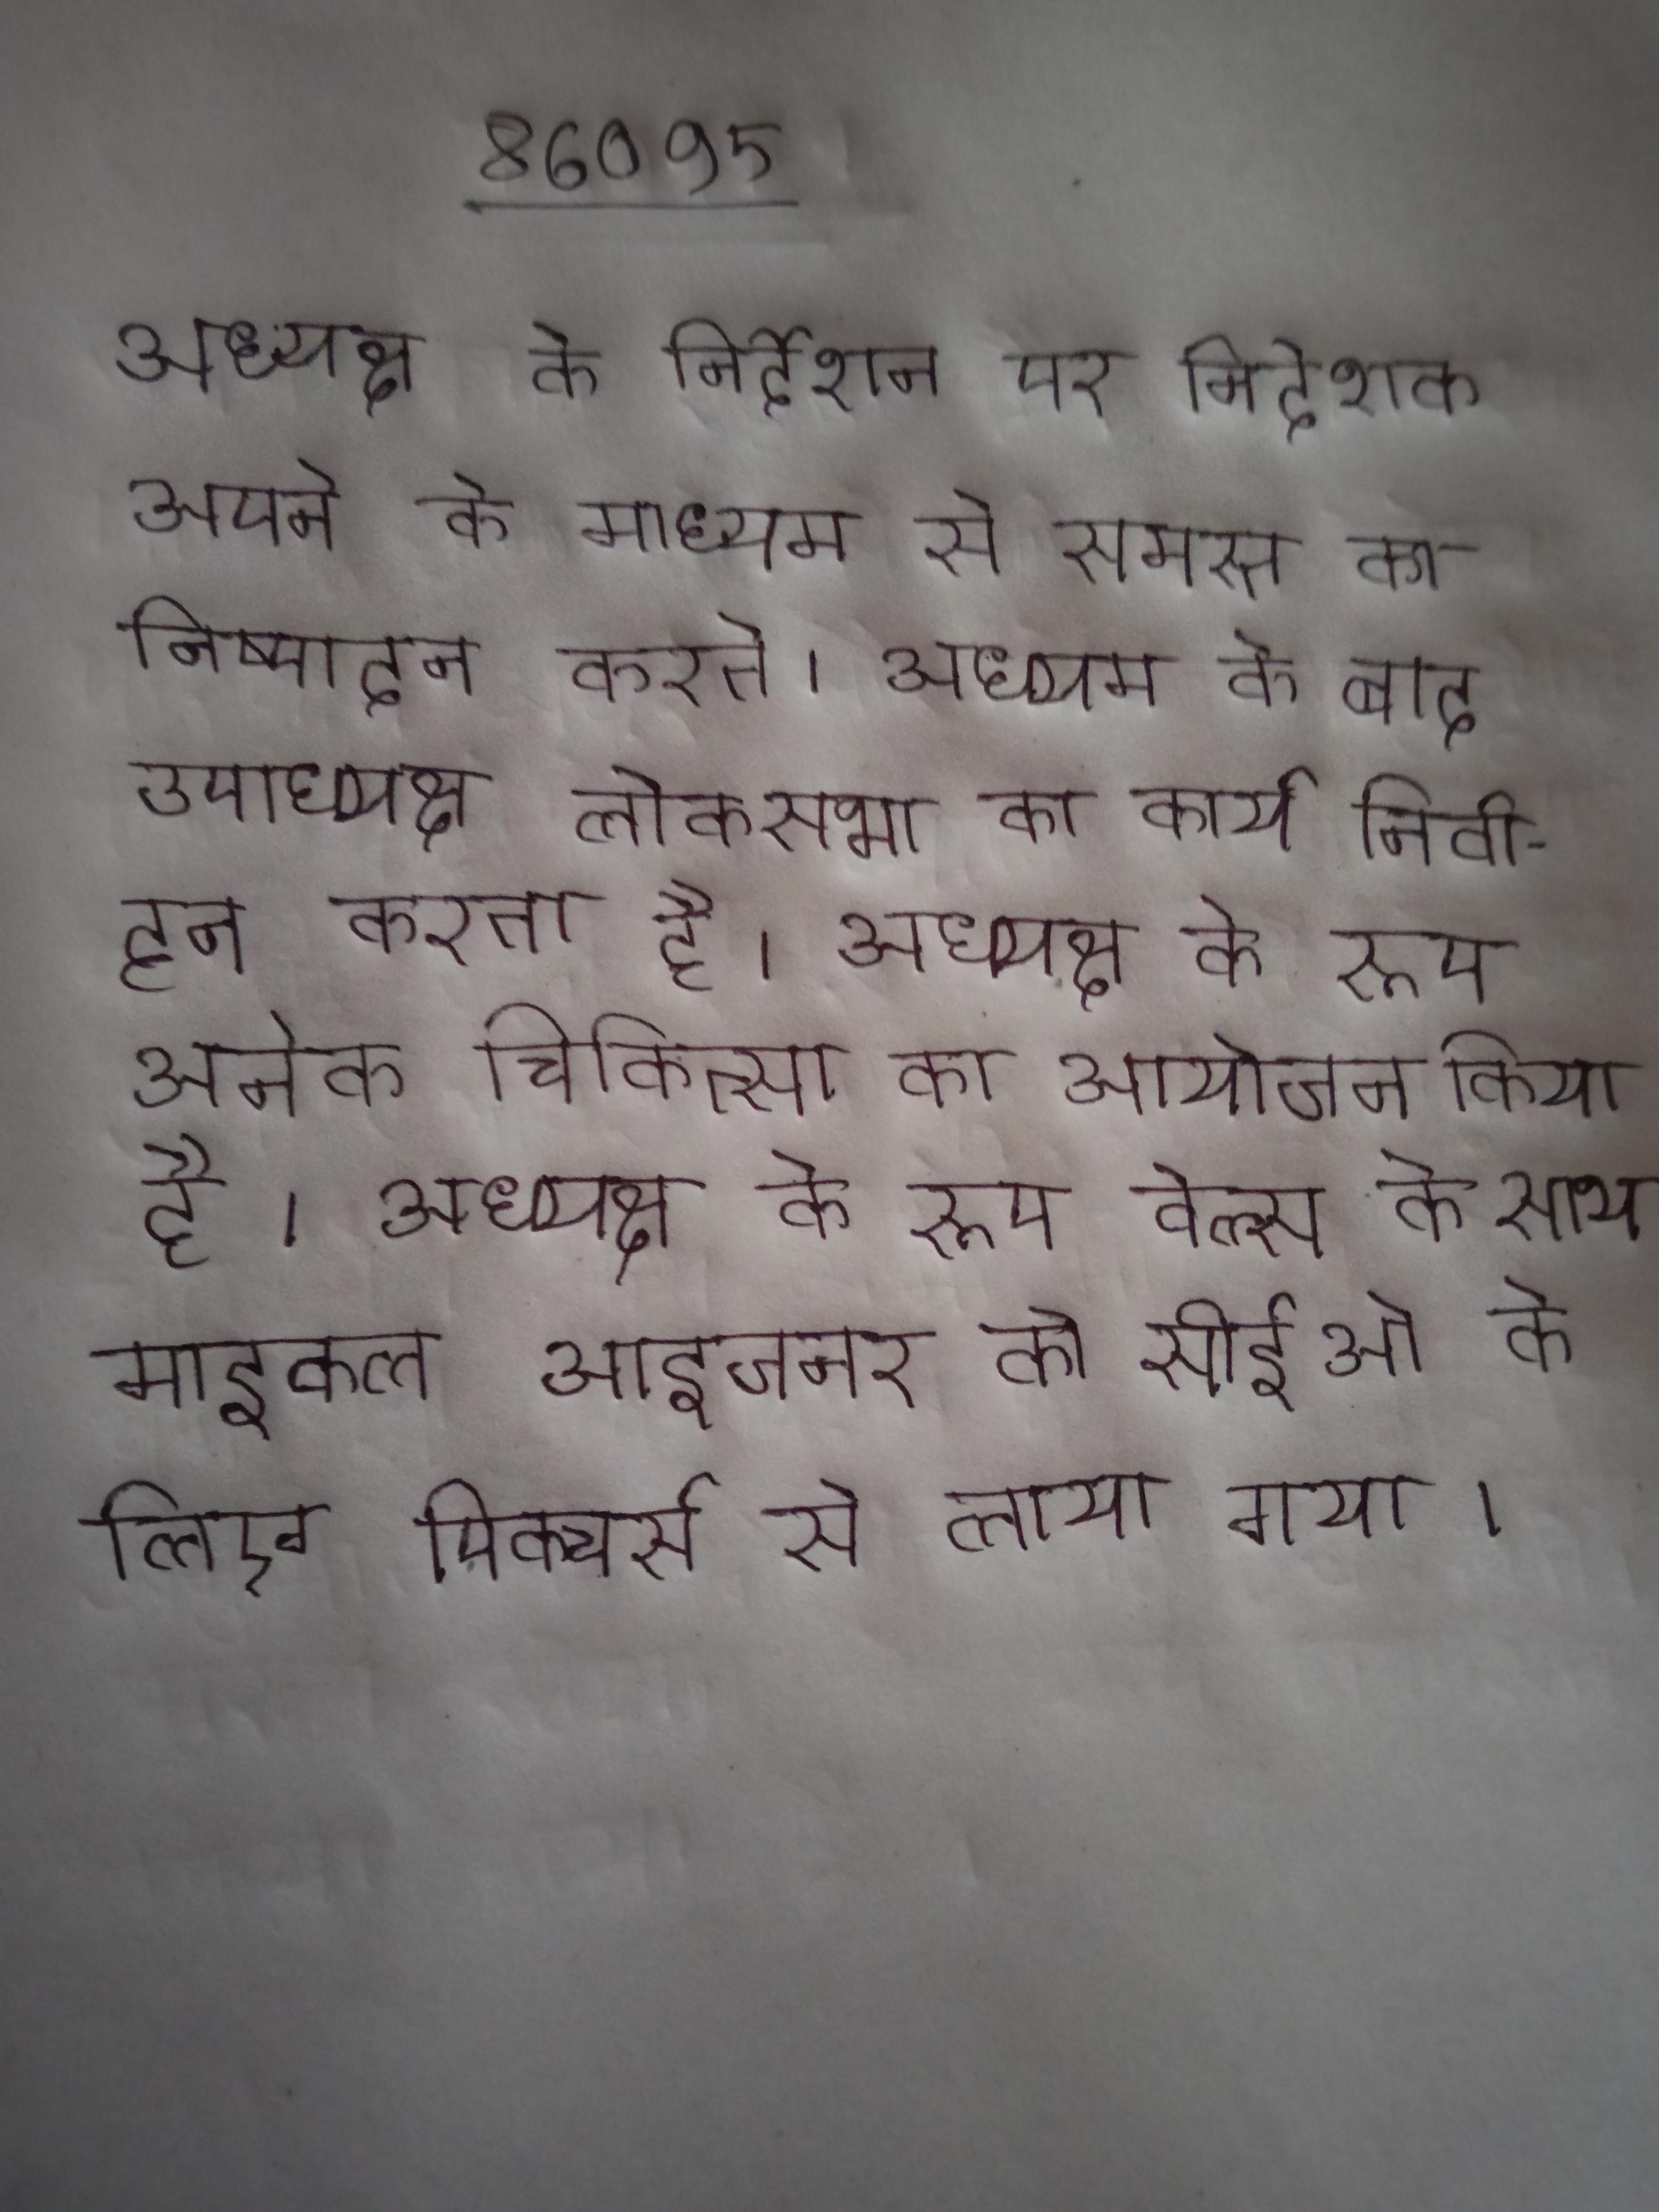
अध्यक्ष के निर्देशन पर निदेशक अपने के माध्यम से समस्त का निष्पादन करते । अध्यक्ष के बाद उपाध्यक्ष लोकसभा का कार्य निर्वाहन करता है । अध्यक्ष के रूप अनेक चिकित्सा का आयोजन किया है । अध्यक्ष के रूप वेल्स के साथ माइकल आइजनर को सीईओ के लिए पिक्चर्स से लाया गया ।